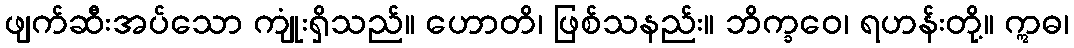
ဖျက်ဆီးအပ်သော ကျုံးရှိသည်။ ဟောတိ၊ ဖြစ်သနည်း။ ဘိက္ခဝေ၊ ရဟန်းတို့။ ဣဓ၊